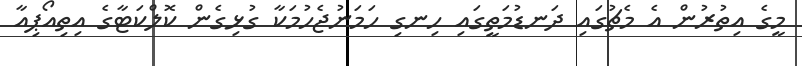
މީގެ އިތުރުން އެ މެޗުގައި ދަނޑުމަތީގައި ހިނގި ހަމަނުޖެހުމަކާ ގުޅިގެން ކޮލްކަޓާގެ އިތިއޯޕިއާ